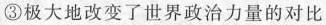
③极大地改变了世界政治力量的对比